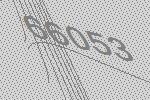
66053